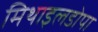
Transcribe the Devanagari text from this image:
मिथाइलडोपा